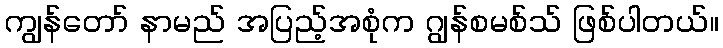
ကျွန်တော် နာမည် အပြည့်အစုံက ဂျွန်စမစ်သ် ဖြစ်ပါတယ်။